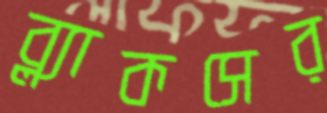
ব্ল্যাকসের